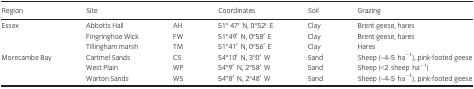
<table><thead><tr><td><b>Region</b></td><td colspan="2"><b>Site</b></td><td><b>Coordinates</b></td><td><b>Soil</b></td><td><b>Grazing</b></td></tr></thead><tbody><tr><td rowspan="3">Essex</td><td>Abbotts Hall</td><td>AH</td><td>51° 47′ N, 0°52′ E</td><td>Clay</td><td>Brent geese, hares</td></tr><tr><td>Fingringhoe Wick</td><td>FW</td><td>51°49′ N, 0°58′ E</td><td>Clay</td><td>Brent geese, hares</td></tr><tr><td>Tillingham marsh</td><td>TM</td><td>51°41′ N, 0°56′ E</td><td>Clay</td><td>Hares</td></tr><tr><td rowspan="3">Morecambe Bay</td><td>Cartmel Sands</td><td>CS</td><td>54°10′ N, 3°0′ W</td><td>Sand</td><td>Sheep (~4–5 ha<sup>−1</sup>), pink‐footed geese</td></tr><tr><td>West Plain</td><td>WP</td><td>54°9′ N, 2°58′ W</td><td>Sand</td><td>Sheep (&lt;2 sheep ha<sup>−1</sup>)</td></tr><tr><td>Warton Sands</td><td>WS</td><td>54°8′ N, 2°48′ W</td><td>Sand</td><td>Sheep (~4–5 ha<sup>−1</sup>), pink‐footed geese</td></tr></tbody></table>